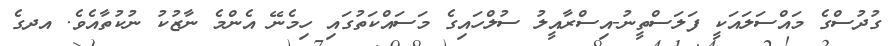
ގުދުސްގެ މައްސަލައަކީ ފަލަސްތީނު-އިސްރާއީލު ސުލްހައިގެ މަސައްކަތުގައި ހިމެނޭ އެންމެ ނާޒުކު ނުކުތާއެވެ. އދގެ